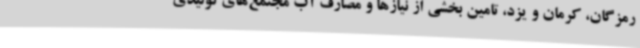
رمزگان، کرمان و یزد، تامین بخشی از نیازها و مصارف آب مجتمع‌های تولیدی